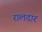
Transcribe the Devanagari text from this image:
रालदार